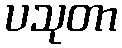
ပသုတာ